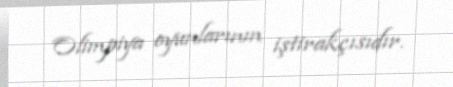
Olimpiya oyunlarının iştirakçısıdır.